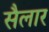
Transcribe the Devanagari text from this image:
सैलार